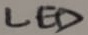
Text: LED